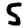
Digit: 5